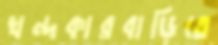
খন্দকারবাড়িতে